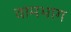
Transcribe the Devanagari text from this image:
वामभाग